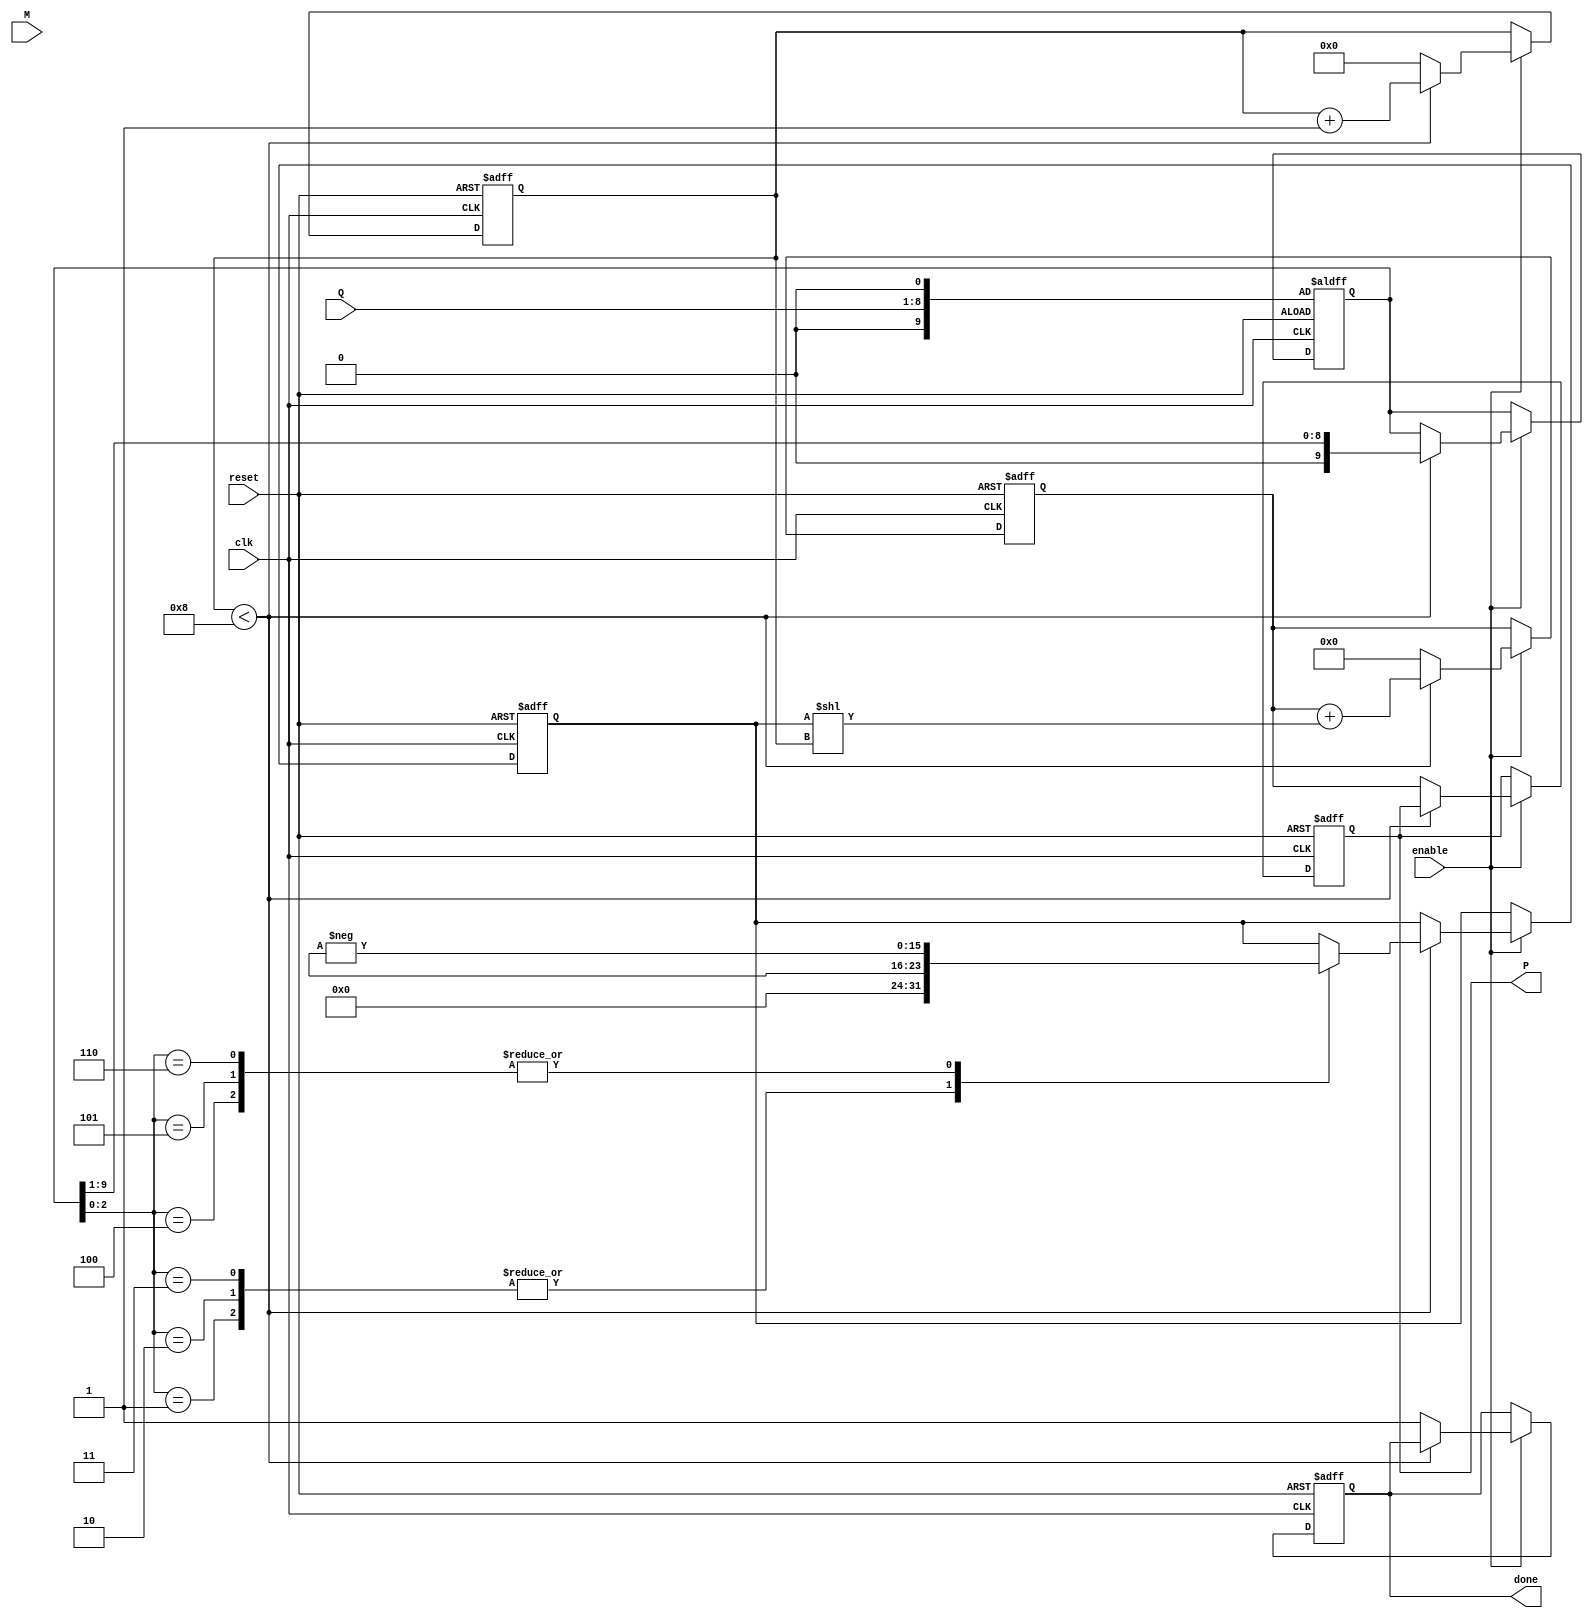
module modified_booth_multiplier #(
    parameter WIDTH = 8 // Bit-width of the multiplicand and multiplier
)(
    input wire clk,
    input wire reset,
    input wire enable,
    input wire signed [WIDTH-1:0] M, // Multiplicand
    input wire signed [WIDTH-1:0] Q, // Multiplier
    output reg signed [2*WIDTH-1:0] P, // Product
    output reg done // Status signal for completion
);

    reg [WIDTH-1:0] multiplicand;
    reg [WIDTH-1:0] multiplier;
    reg signed [2*WIDTH-1:0] partial_product;
    reg [WIDTH+1:0] Q_ext; // Extended Q for Booth encoding
    reg [2*WIDTH-1:0] accumulated_product;
    reg [3:0] count; // Counter for number of cycles

    // Booth encoding and multiplication process
    always @(posedge clk or posedge reset) begin
        if (reset) begin
            P <= 0;
            done <= 0;
            partial_product <= 0;
            accumulated_product <= 0;
            count <= 0;
            Q_ext <= {1'b0, Q, 1'b0}; // Extend Q with an extra bit
        end else if (enable) begin
            if (count < WIDTH) begin
                case (Q_ext[2:0]) // Booth encoding based on 3 bits
                    3'b000: begin
                        // Do nothing
                    end
                    3'b001: begin
                        // Add multiplicand
                        partial_product <= multiplicand;
                    end
                    3'b010: begin
                        // Add multiplicand
                        partial_product <= multiplicand;
                    end
                    3'b011: begin
                        // Add multiplicand
                        partial_product <= multiplicand;
                    end
                    3'b100: begin
                        // Subtract multiplicand
                        partial_product <= -multiplicand;
                    end
                    3'b101: begin
                        // Subtract multiplicand
                        partial_product <= -multiplicand;
                    end
                    3'b110: begin
                        // Subtract multiplicand
                        partial_product <= -multiplicand;
                    end
                    3'b111: begin
                        // Do nothing
                    end
                endcase

                // Accumulate partial product
                accumulated_product <= accumulated_product + (partial_product << count);
                // Shift Q and Q_ext for next iteration
                Q_ext <= {Q_ext[WIDTH+1], Q_ext[WIDTH:1]};
                count <= count + 1;
            end else begin
                // Final product assignment
                P <= accumulated_product;
                done <= 1; // Indicate completion
                count <= 0; // Reset count for next operation
                accumulated_product <= 0; // Reset accumulated product
            end
        end
    end

endmodule